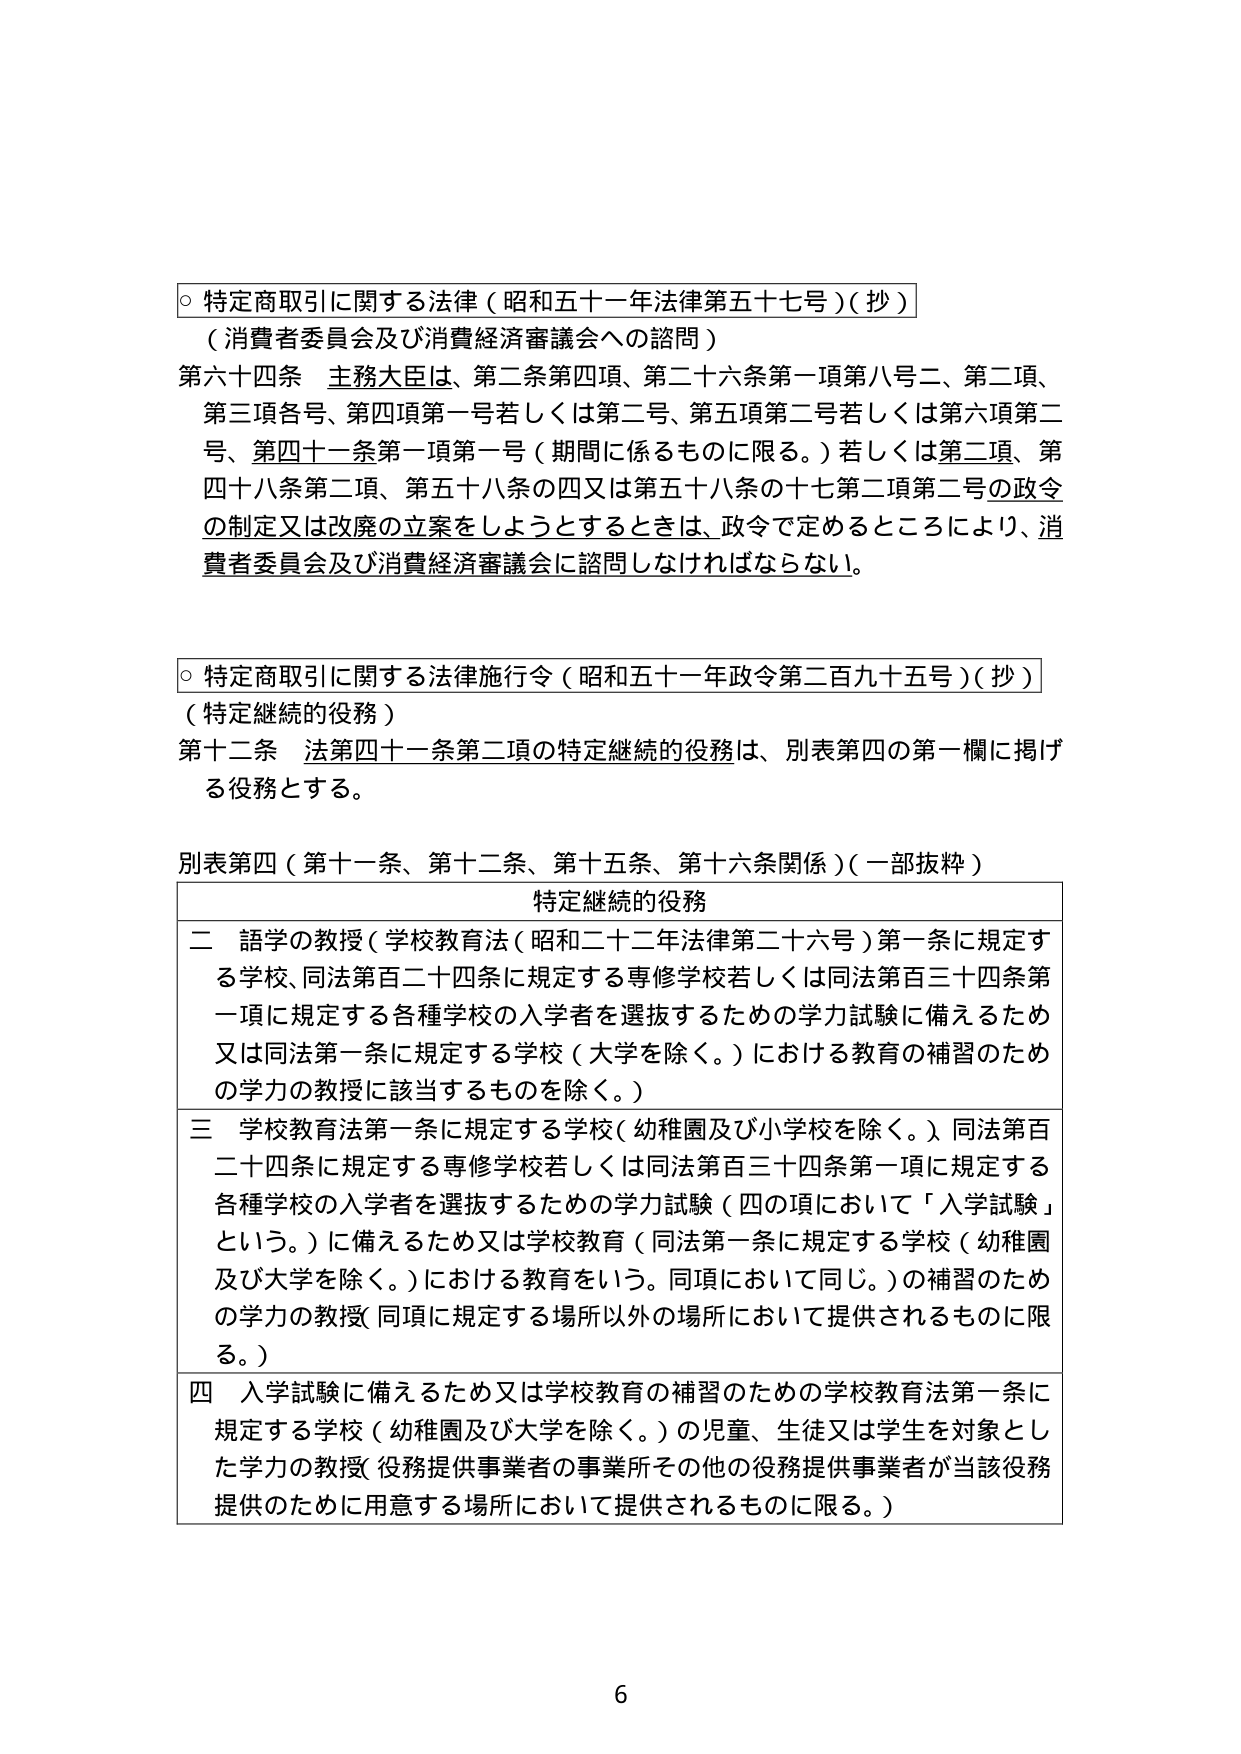
○ 特定商取引に関する法律（昭和五十一年法律第五十七号）（抄）
（消費者委員会及び消費経済審議会への諮問）
第六十四条 主務大臣は、第二条第四項、第二十六条第一項第八号二、第二項、
第三項各号、第四項第一号若しくは第二号、第五項第二号若しくは第六項第二
号、第四十一条第一項第一号（期間に係るものに限る。）若しくは第二項、第
四十八条第二項、第五十八条の四又は第五十八条の十七第二項第二号の政令
の制定又は改廃の立案をしようとするときは、政令で定めるところにより、消
費者委員会及び消費経済審議会に諮問しなければならない。

○ 特定商取引に関する法律施行令（昭和五十一年政令第二百九十五号）（抄）
（特定継続的役務）
第十二条 法第四十一条第二項の特定継続的役務は、別表第四の第一欄に掲げ
る役務とする。

別表第四（第十一条、第十二条、第十五条、第十六条関係）（一部抜粋）
特定継続的役務
二 語学の教授（学校教育法（昭和二十二年法律第二十六号）第一条に規定す
る学校、同法第百二十四条に規定する専修学校若しくは同法第百三十四条第
一項に規定する各種学校の入学者を選抜するための学力試験に備えるため
又は同法第一条に規定する学校（大学を除く。）における教育の補習のため
の学力の教授に該当するものを除く。）
三 学校教育法第一条に規定する学校（幼稚園及び小学校を除く。）、同法第百
二十四条に規定する専修学校若しくは同法第百三十四条第一項に規定する
各種学校の入学者を選抜するための学力試験（四の項において「入学試験」
という。）に備えるため又は学校教育（同法第一条に規定する学校（幼稚園
及び大学を除く。）における教育をいう。同項において同じ。）の補習のため
の学力の教授（同項に規定する場所以外の場所において提供されるものに限
る。）
四 入学試験に備えるため又は学校教育の補習のための学校教育法第一条に
規定する学校（幼稚園及び大学を除く。）の児童、生徒又は学生を対象とし
た学力の教授（役務提供事業者の事業所その他の役務提供事業者が当該役務
提供のために用意する場所において提供されるものに限る。）

6